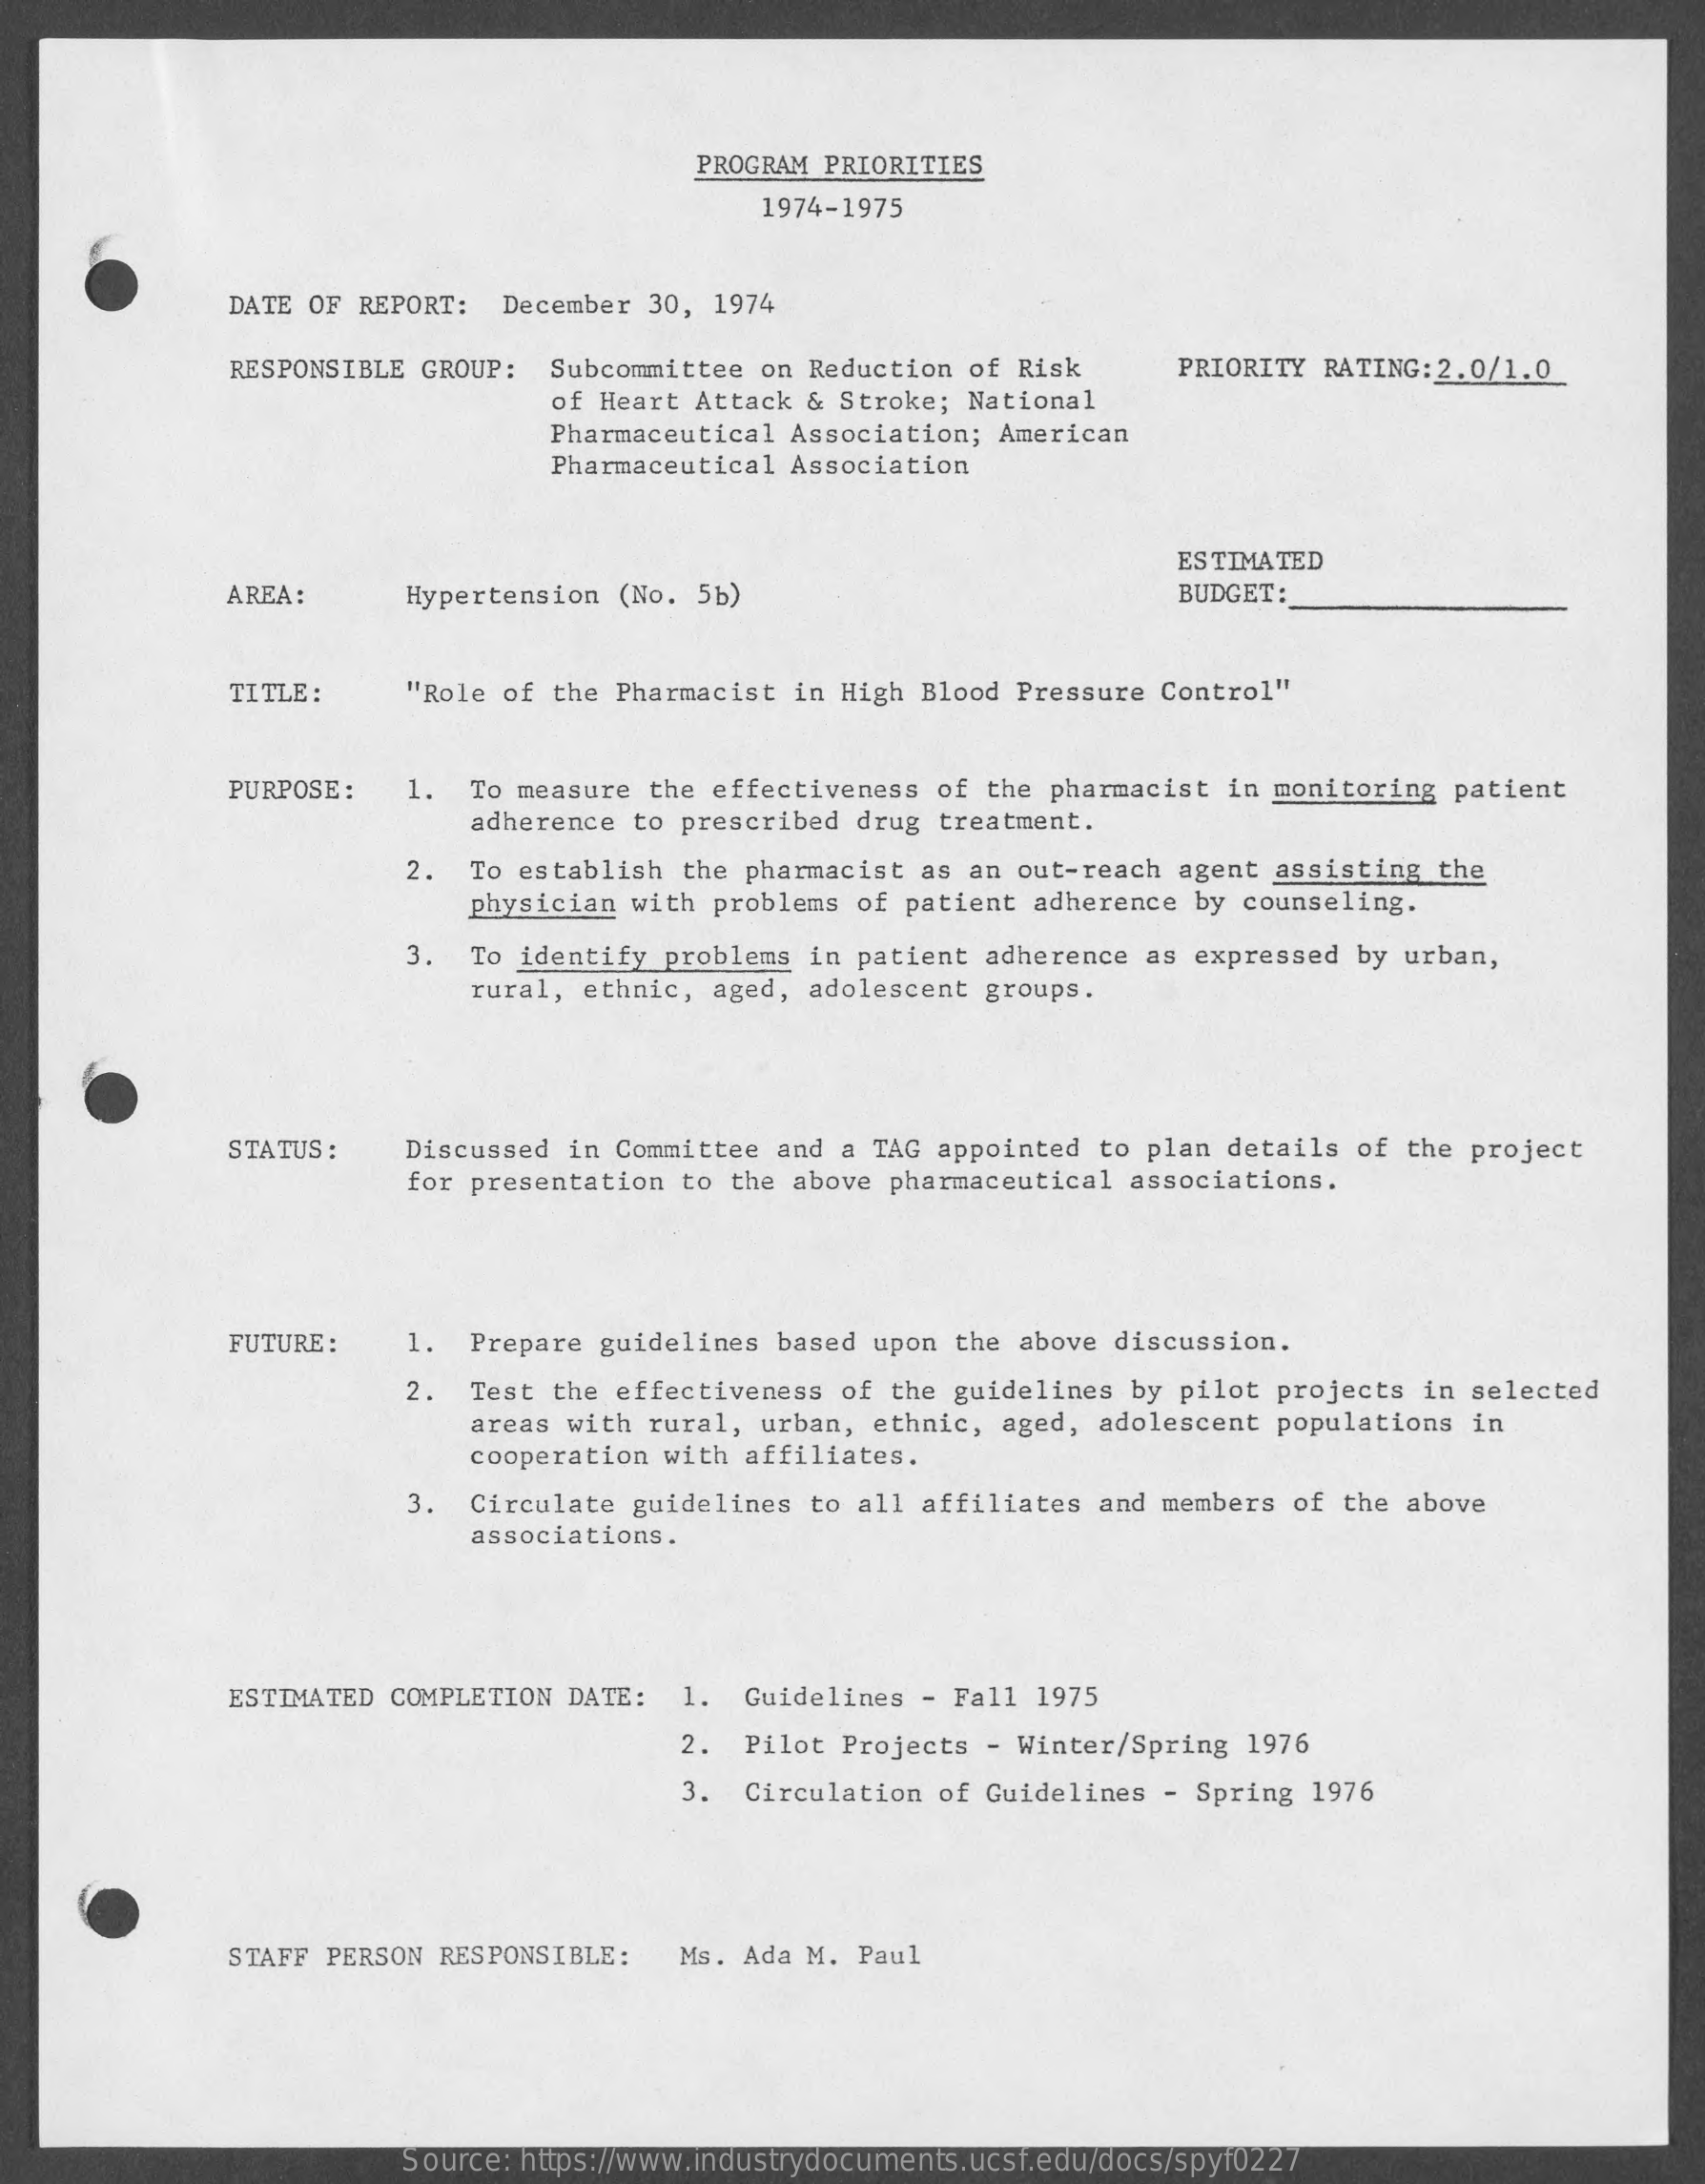
PROGRAM PRIORITIES
     1974-1975
     DATE OF REPORT: December 30, 1974
     RESPONSIBLE GROUP: Subcommittee on Reduction of Risk PRIORITY RATING:2.0/1.0
     of Heart Attack & Stroke; National
     Pharmaceutical Association; American
     Pharmaceutical Association
     ESTIMATED
     AREA:    Hypertension (No. 5b)    BUDGET:
     TITLE:   "Role of the Pharmacist in High Blood Pressure Control"
     PURPOSE : 1. To measure the effectiveness of the pharmacist in monitoring patient
     adherence to prescribed drug treatment.
     2.  To establish the pharmacist as an out-reach agent assisting the
     physician with problems of patient adherence by counseling.
     3. To identify problems in patient adherence as expressed by urban,
     rural, ethnic, aged, adolescent groups.
     STATUS : Discussed in Committee and a TAG appointed to plan details of the project
     for presentation to the above pharmaceutical associations.
     FUTURE : 1.  Prepare guidelines based upon the above discussion.
     2. Test the effectiveness of the guidelines by pilot projects in selected
     areas with rural, urban, ethnic, aged, adolescent populations in
     cooperation with affiliates.
     3.  Circulate guidelines to all affiliates and members of the above
     associations.
     ESTIMATED COMPLETION DATE: 1. Guidelines - Fall 1975
     2. Pilot Projects - Winter/Spring 1976
     3. Circulation of Guidelines - Spring 1976
     STAFF PERSON RESPONSIBLE: Ms. Ada M. Paul
     Source: https://www.industrydocuments.ucsf.edu/docs/spyf0227